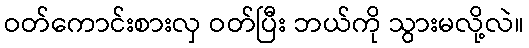
ဝတ်ကောင်းစားလှ ဝတ်ပြီး ဘယ်ကို သွားမလို့လဲ။